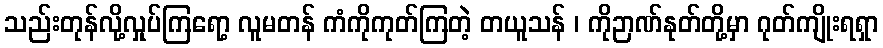
သည်းတုန်လို့လှုပ်ကြရော့ လူမတန် ကံကိုကုတ်ကြတဲ့ တယူသန် ၊ ကိုဉာဏ်နုတ်တို့မှာ ဂုတ်ကျိုးရရှာ